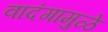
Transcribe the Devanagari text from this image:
वादंगामुळे